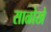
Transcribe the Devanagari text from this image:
साळोखे